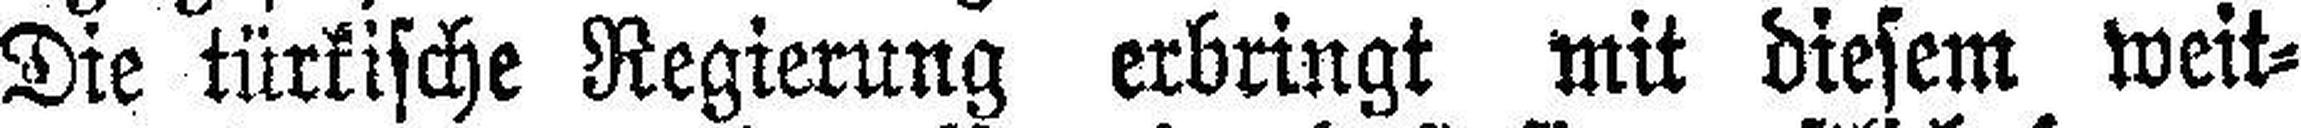
Die türkische Regierung erbringt mit diesem weit¬